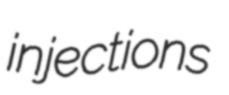
injections